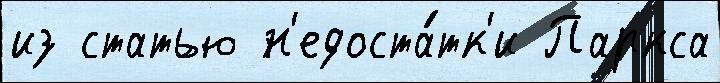
из статью н'едоста́тк'и Паркса